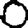
Digit: 0